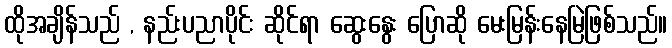
ထိုအချိန်သည် , နည်းပညာပိုင်း ဆိုင်ရာ ဆွေးနွေး ပြောဆို မေးမြန်းနေမြဲဖြစ်သည်။